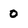
Character: 0